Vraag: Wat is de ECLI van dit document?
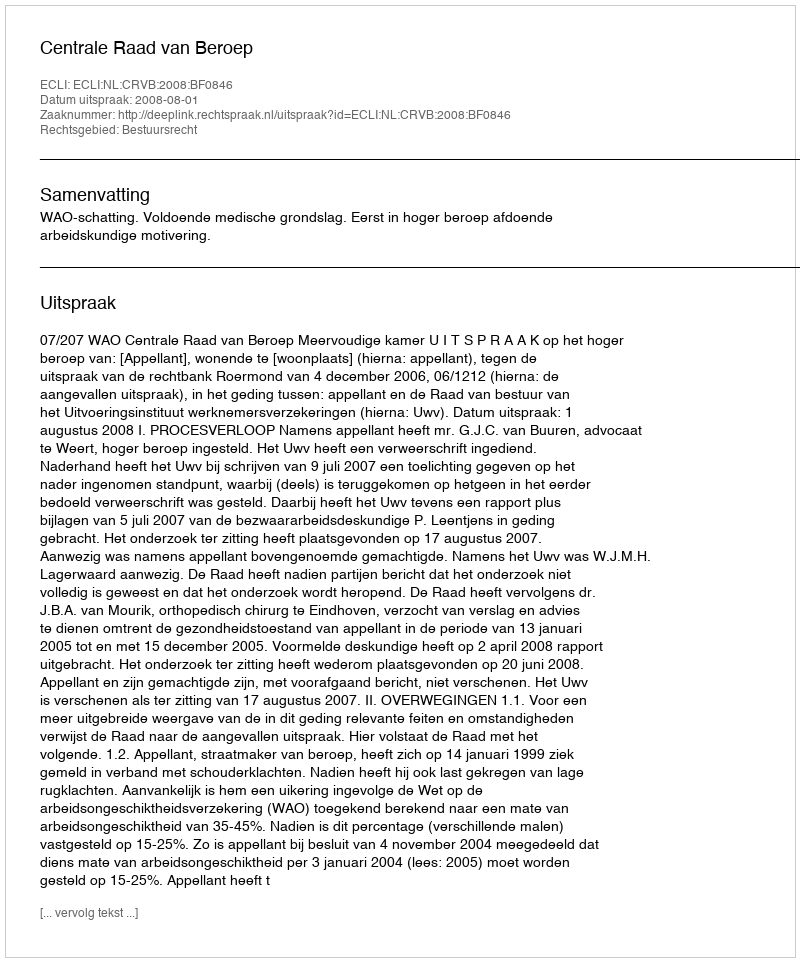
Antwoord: ECLI:NL:CRVB:2008:BF0846